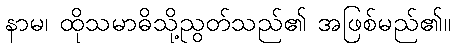
နာမ၊ ထိုသမာဓိသို့ညွတ်သည်၏ အဖြစ်မည်၏။